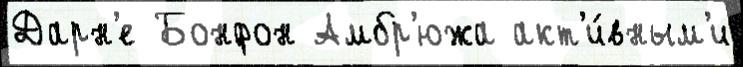
Дарн'е Бонфон Амбр'южа акт'и́вным'и